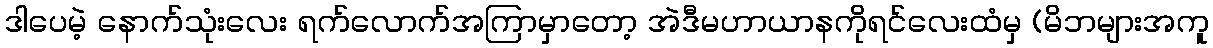
ဒါပေမဲ့ နောက်သုံးလေး ရက်လောက်အကြာမှာတော့ အဲဒီမဟာယာနကိုရင်လေးထံမှ (မိဘများအကူ